Annual report on the health of the army in India
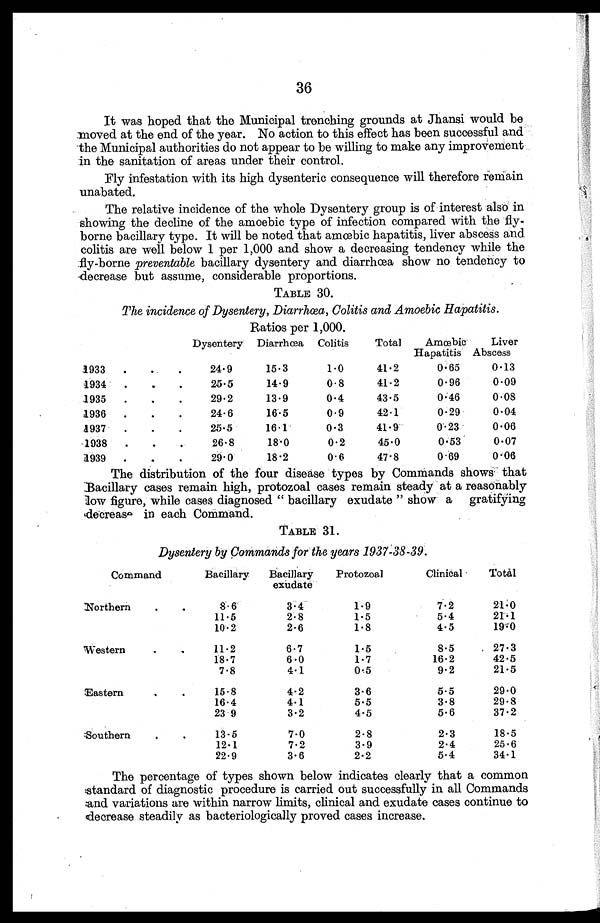
36
It was hoped that the Municipal trenching grounds at Jhansi would be
moved at the end of the year. No action to this effect has been successful and
the Municipal authorities do not appear to be willing to make any improvement
in the sanitation of areas under their control.
Fly infestation with its high dysenteric consequence will therefore remain
unabated.
The relative incidence of the whole Dysentery group is of interest also in
showing the decline of the amoebic type of infection compared with the fly-
borne bacillary type. It will be noted that amoebic hapatitis, liver abscess and
colitis are well below 1 per 1,000 and show a decreasing tendency while the
fly-borne preventable bacillary dysentery and diarrhœa show no tendency to
decrease but assume, considerable proportions.
TABLE 30.
The incidence of Dysentery, Diarrhœa, Colitis and Amoebic Hapatitis.
Ratios per 1,000.
Dysentery Diarrhœa Colitis
Total
Amcebic
Hapatitis
Liver
Abscess
1933
.
. .
24.9
15.3
1.0
41.2
0.65
0.13
1934
.
.
.
25.5
14.9
0.8
41.2
0.96
0.09
1935
.
.
.
29.2
13.9
0.4
43.5
0.46
0.08
1936
.
.
.
24.6
16.5
0.9
42.1
0.29
0.04
1937
.
.
.
25.5
16.1
0.3
41.9
0.23
0.06
1938
.
.
.
26.8
18.0
0.2
45.0
0.53
0.07
1939
.
.
.
29.0
18.2
0.6
47.8
0.69
0.06
The distribution of the four disease types by Commands shows that
B a c i l l a r y c a s e s r e m a i n h i g h , p r o t o z o a l c a s e s r e m a i n s t e a d y a t a r e a s o n a b l y
low figure, while cases diagnosed " bacillary exudate " show a gratifying
decrease in each Command.
TABLE 31.
Dysentery by Commands for the years 1937-38-39.
Command
Bacillary
Bacillary
exudate
Protozoal
C l i n i c a l
Total
Northern
.
.
8.6
3.4
1.9
7.2
21.0
11 . 5
2.8
1.5
5.4
21,1
10. 2
2.6
1.8
4.5
19.0
Western
.
.
11 . 2
6.7
1.5
8.5
27.3
18.7
6.0
1.7
16.2
42.5
7 . 8
4.1
0.5
9.2
21.5
Eastern
.
.
15.8
4.2
3.6
5.5
29.0
16 . 4
4.1
5.5
3.8
29.8
23.9
3.2
4.5
5.6
37.2
Southern
.
.
13.5
7.0
2.8
2.3
18.5
12.1
7.2
3.9
2.4
25.6
22 . 9
3.6
2.2
5.4
34.1
The percentage of types shown below indicates clearly that a common
standard of diagnostic procedure is carried out successfully in all Commands
and variations are within narrow limits, clinical and exudate cases continue to
decrease steadily as bacteriologically proved cases increase.